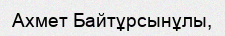
Ахмет Байтұрсынұлы,